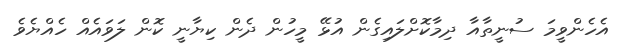
އެހެންވީމަ ސުނީތާއާ ދިމާކޮށްލައިގެން އުޅޭ މީހުން ދެން ކިޔާނީ ކޮން ލަވައެއް ހެއްޔެވެ